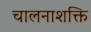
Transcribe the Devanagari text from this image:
चालनाशक्ति